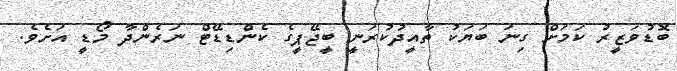
ބޮޑުވަޒީރު ކަމަށް ގިނަ ބަޔަކު ތާއީދުކުރަނީ ބީޖޭޕީގެ ކެންޑިޑޭޓް ނަރެންދާ މޯޑީ އަށެވެ.